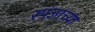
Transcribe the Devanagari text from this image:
स्पंजाच्या